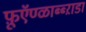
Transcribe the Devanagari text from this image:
फ़ूऍण्ळाब्ब्ऱाडा